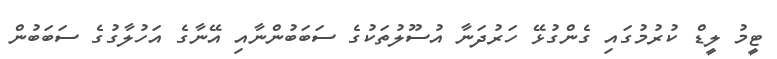
ޓީމު ލީޑް ކުރުމުގައި ގެންގުޅޭ ހަރުދަނާ އުސޫލުތަކުގެ ސަބަބުންނާއި އޭނާގެ އަހުލާގުގެ ސަބަބުން